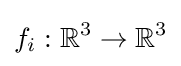
f_{i}:\mathbb {R} ^{3}\to \mathbb {R} ^{3}